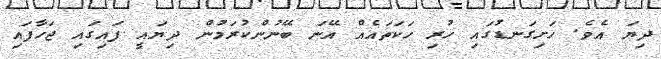
ދިޔަ އެވެ. ހަށިގަނޑުގައި ހުރި ހަކަތައެއް އޭނަ ބޭނުންކުރަމުން ދިޔައީ ފައިގައި ޖަހާފައި